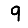
Digit: 9